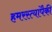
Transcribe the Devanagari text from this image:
हमरस्त्यांपैकी